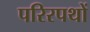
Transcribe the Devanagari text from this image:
परिरपथों